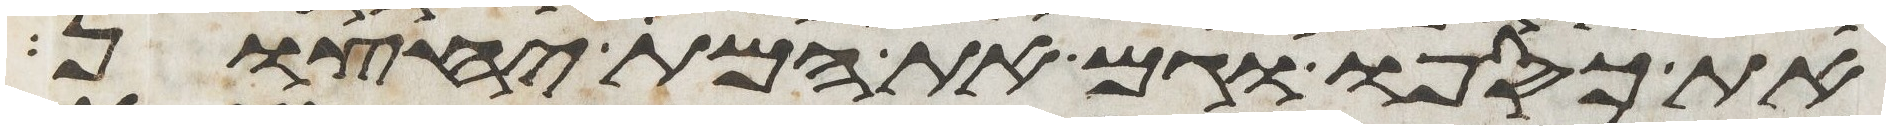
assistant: את כספו וגם את המת יחצון